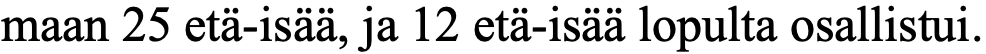
maan 25 etä-isää, ja 12 etä-isää lopulta osallistui.